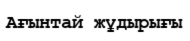
Ағынтай жұдырығы